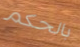
بالحكم